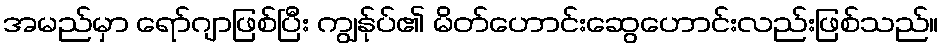
အမည်မှာ ရော်ဂျာဖြစ်ပြီး ကျွန်ုပ်၏ မိတ်ဟောင်းဆွေဟောင်းလည်းဖြစ်သည်။